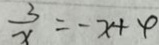
\frac { 3 } { x } = - x + 4